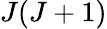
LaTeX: J(J+1)